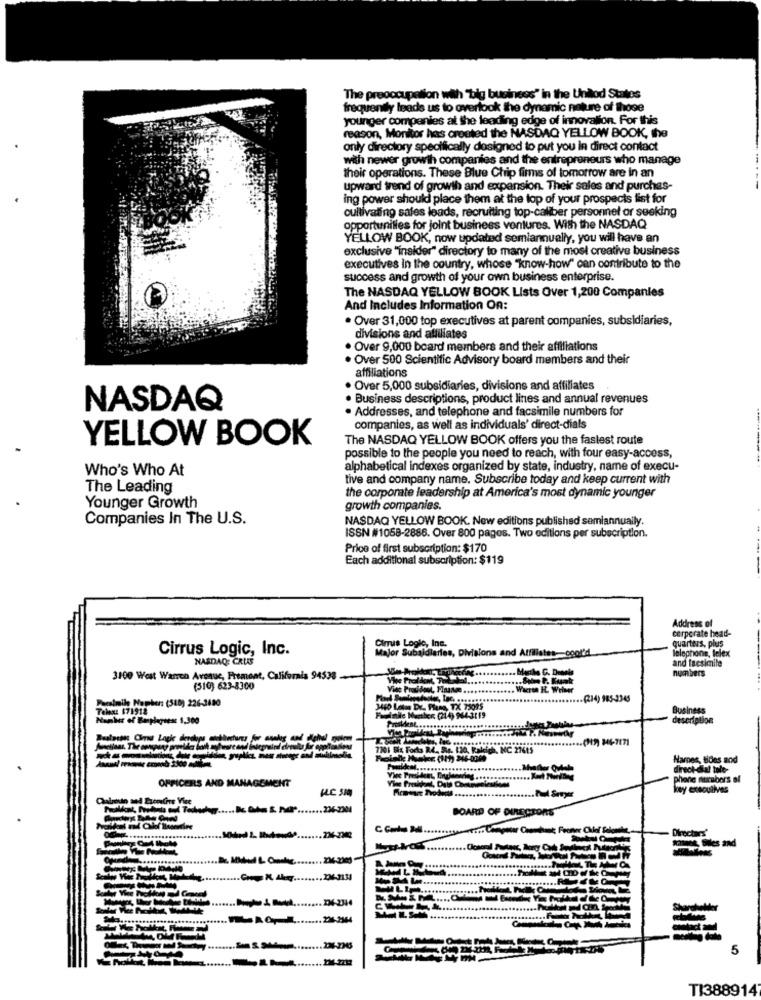
The preoccupation with "big business" in the Untod States
frequently leads us to overlook the dynamic nature of those
younger companies at the leading edge of innovation. For this
reason, Monitor has created the NASDAQ YELLOW BOOK, the
only directory specifically designed to put you in direct contact
with newer growth companies and the entrepreneurs who manage
their operations. These Blue Chip firms of tomorrow are In an
upward trend of growth and expansion. Their sales and purchas-
ing power should place them at the top of your prospects list for
cultivating sales leads, recruiting top-caliber personnel or seeking
opportunities for joint business ventures. With the NASDAQ
YELLOW BOOK, now updated semiannually, you will have an
exclusive "insider" directory to many of the most creative business
executives in the country, whose "know-how" can contribute to the
success and growth of your own business enterprise.
The NASDAQ YELLOW BOOK Lists Over 1,200 Companies
And Includes Information On:
· Over 31,000 top executives at parent companies, subsidiaries,
divisions and affiliates
. Over 9,000 board members and their affiliations
. Over 500 Scientific Advisory board members and their
affiliations
· Over 5,000 subsidiaries, divisions and affiliates
· Business descriptions, product lines and annual revenues
NASDAQ
· Addresses, and telephone and facsimile numbers for
companies, as well as individuals' direct-dials
YELLOW BOOK
The NASDAQ YELLOW BOOK offers you the fastest route
possible to the people you need to reach, with four easy-access,
Who's Who At
alphabetical indexes organized by state, industry, name of execu-
tive and company name. Subscribe today and keep current with
The Leading
the corporate leadership at America's most dynamic younger
Younger Growth
growth companies.
Companies In The U.S.
NASDAQ YELLOW BOOK. New editions published semiannually.
ISSN #1058-2886. Over 800 pages. Two editions per subscription.
Price of first subscription: $170
Each additional subscription: $119
Address of
corporate head-
quarters, plus
Cirrus Logic, Inc.
Major Subsidiaries, Divisions and Affiliates-cool'd
Cirrus Logic, Inc.
cool'd
NASDAQ: CRUS
and facsimile
lelephone, lelex
Masthe C. Dreels
numbers
3100 West Warren Avenue, Fremont, California 94533
(510) 623-8300
Facsimile Naphen: (540) 226-3680
........ (214) 985-3345
Telu: 171918
Business
Number of Baspleness 1,300
Fallnie Member (214) 964-3119
description
7101 Sis Forks R4. Se. 130, Kaleigh, NC 27615
---
Foinlk Husker (119) 346-0300
Hames, tides and
........
direct-dial tole-
Vice President, En
phone nucabers al
OFFICERS AND MANAGEMENT
key executives
Chalrodo and Bremsthrs Vise
..... 236-3301
BOARD OF DIRECTORS
Directors
... RO ,-........ 236.2944
5
TI388914